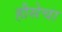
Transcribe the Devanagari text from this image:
हौसेचा